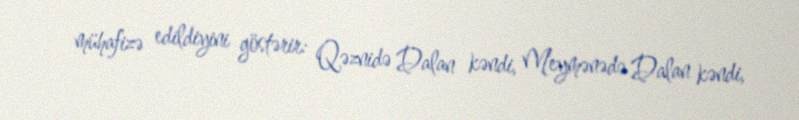
mühafizə edildiyini göstərir: Qəznidə Dalan kəndi, Meymənədə Dalan kəndi,